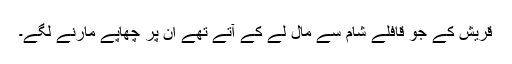
قریش کے جو قافلے شام سے مال لے کے آتے تھے ان پر چھاپے مارنے لگے۔